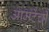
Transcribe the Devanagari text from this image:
आमटेंची